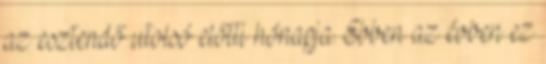
az esztendő utolsó előtti hónapja. Ebben az évben ez